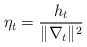
LaTeX: \begin{align*}\eta_t = \frac{h_t}{\|\nabla_t\|^2}\end{align*}